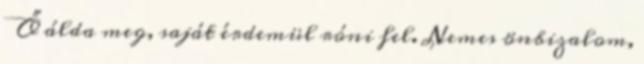
Ő álda meg, saját érdemül róni fel. Nemes önbizalom,